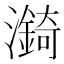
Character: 𪷼